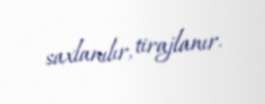
saxlanılır, tirajlanır.